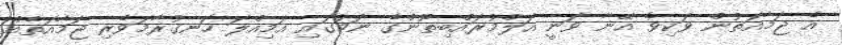
އެ ޖަމާއަތުން ވަކިވެ އޭނާ ވަނީ އަލްމުރައްބިތޫންގެ ނަމުގައި އަމިއްލަ ހަނގުރާމަވެރި ޖަމާއަތެއް